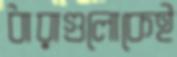
ধারাগুলোকেই